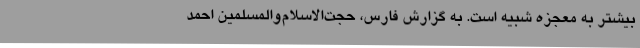
بیشتر به معجزه شبیه است. به گزارش فارس، حجت‌الاسلام‌والمسلمین احمد